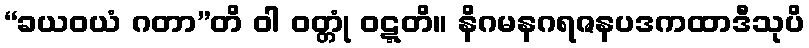
“ခယဝယံ ဂတာ”တိ ဝါ ဝတ္တုံ ဝဋ္ဋတိ။ နိဂမနဂရဇနပဒကထာဒီသုပိ